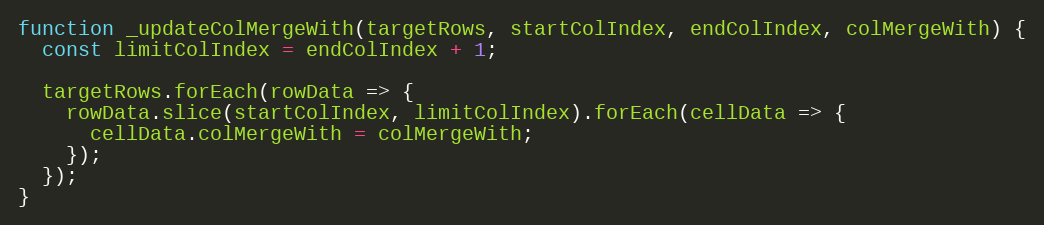
Language: JavaScript
function _updateColMergeWith(targetRows, startColIndex, endColIndex, colMergeWith) {
  const limitColIndex = endColIndex + 1;

  targetRows.forEach(rowData => {
    rowData.slice(startColIndex, limitColIndex).forEach(cellData => {
      cellData.colMergeWith = colMergeWith;
    });
  });
}